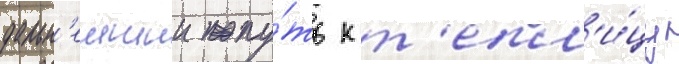
дальн'еишии пу́ть к т'епл'и́цу